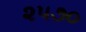
૨૫૭૦